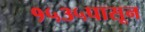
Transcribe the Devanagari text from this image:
१५३५पासून